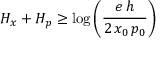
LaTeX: H _ { x } + H _ { p } \geq \log \left( { \frac { e \, h } { 2 \, x _ { 0 } \, p _ { 0 } } } \right)